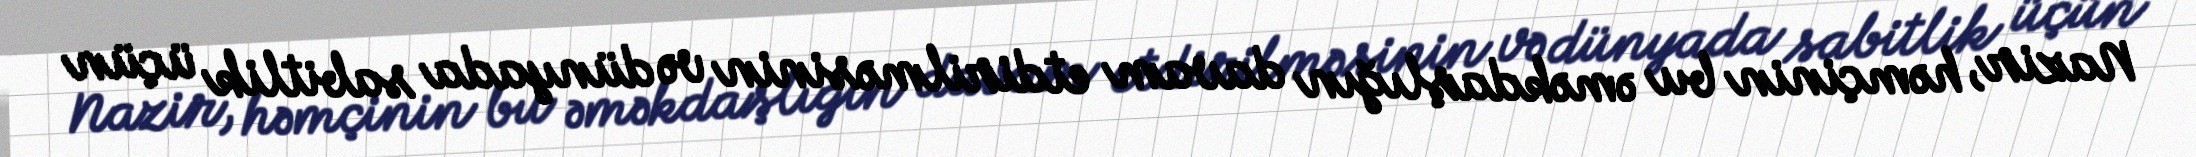
Nazir, həmçinin bu əməkdaşlığın davam etdirilməsinin və dünyada sabitlik üçün